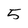
Character: 5